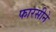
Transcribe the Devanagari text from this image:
फारसीने